Indian journal of veterinary science and animal husbandry - Volume 10,
Year: 1940
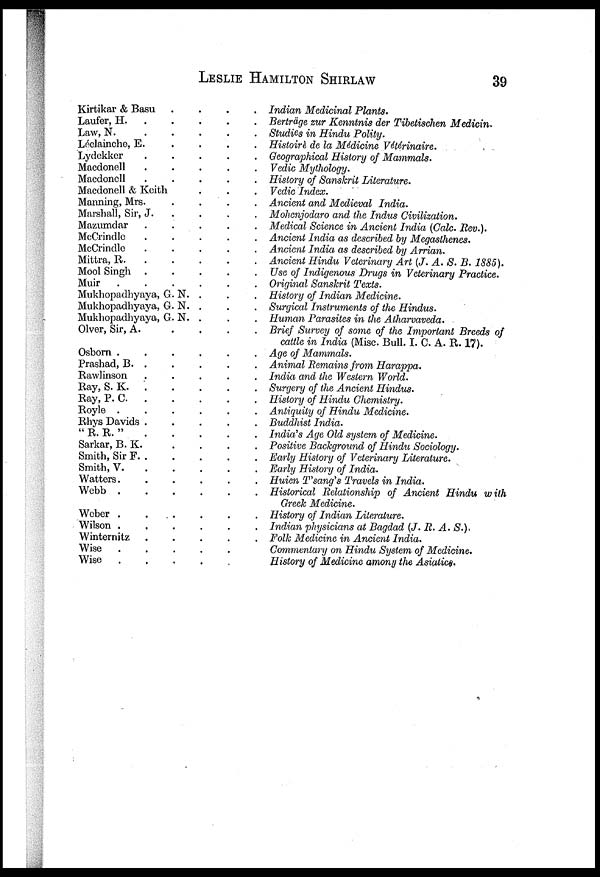
LESLIE
HAMILTON
SHIRLAW
39
Kirtikar & Basu . . . . . .
Laufer, H. . . . . . .
Law, N. . . . . . .
Léclainche, E. . . . . . .
Lydekker . . . . . .
Macdonell . . . . . .
Macdonell . . . . . .
Macdonell & Keith . . . . . .
Manning, Mrs. . . . . . .
Marshall, Sir, J. . . . . . .
Mazumdar . . . . . .
McCrindle . . . . . .
McCrindle . . . . . .
Mittra, R. . . . . . .
Mool Singh . . . . . . .
Muir . . . . . .
Mukhopadhyaya, G. N. . . . . . .
Mukhopadhyaya, G. N. . . . . . .
Mukhopadhyaya, G. N. . . . . . .
Olver, Sir, A. . . . . . .
Osborn . . . . . . .
Prashad, B. . . . . . . .
Rawlinson . . . . . .
Ray, S. K.
. . . . . . .
Ray, P. C.
. . . . . . .
Royle . . . . . . .
Rhys Davids . . . . . . .
" R. R. " . . . . . .
Sarkar, B. K. . . . . . .
Smith, Sir F. . . . . . . .
Smith, V. . . . . . .
Watters. . . . . . .
Webb . . . . . . .
Weber . . . . . . .
Wilson . . . . . . .
Winternitz . . . . . .
Wise . . . . . .
Wise . . . . . .
Indian Medicinal Plants.
Berträge zur Kenntnis der Tibetischen Medicin.
Studies in Hindu Polity.
Histoirè de la Médicine Vétérinaire.
Geographical History of Mammals.
Vedic Mythology.
History of Sanskrit Literature.
Vedic Index.
Ancient and Medieval India.
Mohenjodaro and the Indus Civilization.
Medical Science in Ancient India (Calc. Rev.).
Ancient India as described by Megasthenes.
Ancient India as described by Arrian.
Ancient Hindu Veterinary Art (J. A. S. B. 1885).
Use of Indigenous Drugs in Veterinary Practice.
Original Sanskrit Texts.
History of Indian Medicine.
Surgical Instruments of the Hindus.
Human Parasites in the Atharvaveda.
Brief Survey of some of the Important Breeds of
cattle in India (Misc. Bull. I. C. A. R. 17).
Age of Mammals.
Animal Remains from Harappa.
India and the Western World.
Surgery of the Ancient Hindus.
History of Hindu Chemistry.
Antiquity of Hindu Medicine.
Buddhist India.
India's Age Old system of Medicine.
Positive Background of Hindu Sociology.
Early History of Veterinary Literature.
Early History of India.
Huien T'sang's Travels in India.
Historical Relationship of Ancient Hindu with
Greek Medicine.
History of Indian Literature.
Indian physicians at Bagdad (J. R. A. S.),
Folk Medicine in Ancient India.
Commentary on Hindu System of Medicine.
History of Medicine among the Asiatics.